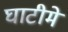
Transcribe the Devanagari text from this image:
घाटीमे